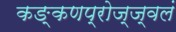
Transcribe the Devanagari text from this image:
कङ्कणप्रोज्ज्वलं